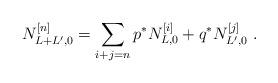
LaTeX: \begin{align*}N^{[n]}_{L+L',0} =\sum_{i+j = n} p^*N^{[i]}_{L,0} + q^*N^{[j]}_{L',0}\,\,.\end{align*}